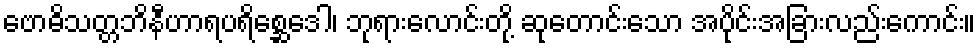
ဗောဓိသတ္တဘိနီဟာရပရိစ္ဆေဒေါ၊ ဘုရားလောင်းတို့ ဆုတောင်းသော အပိုင်းအခြားလည်းကောင်း။